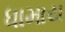
ધામાય